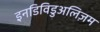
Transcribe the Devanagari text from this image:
इनडिविडुअलिज़म